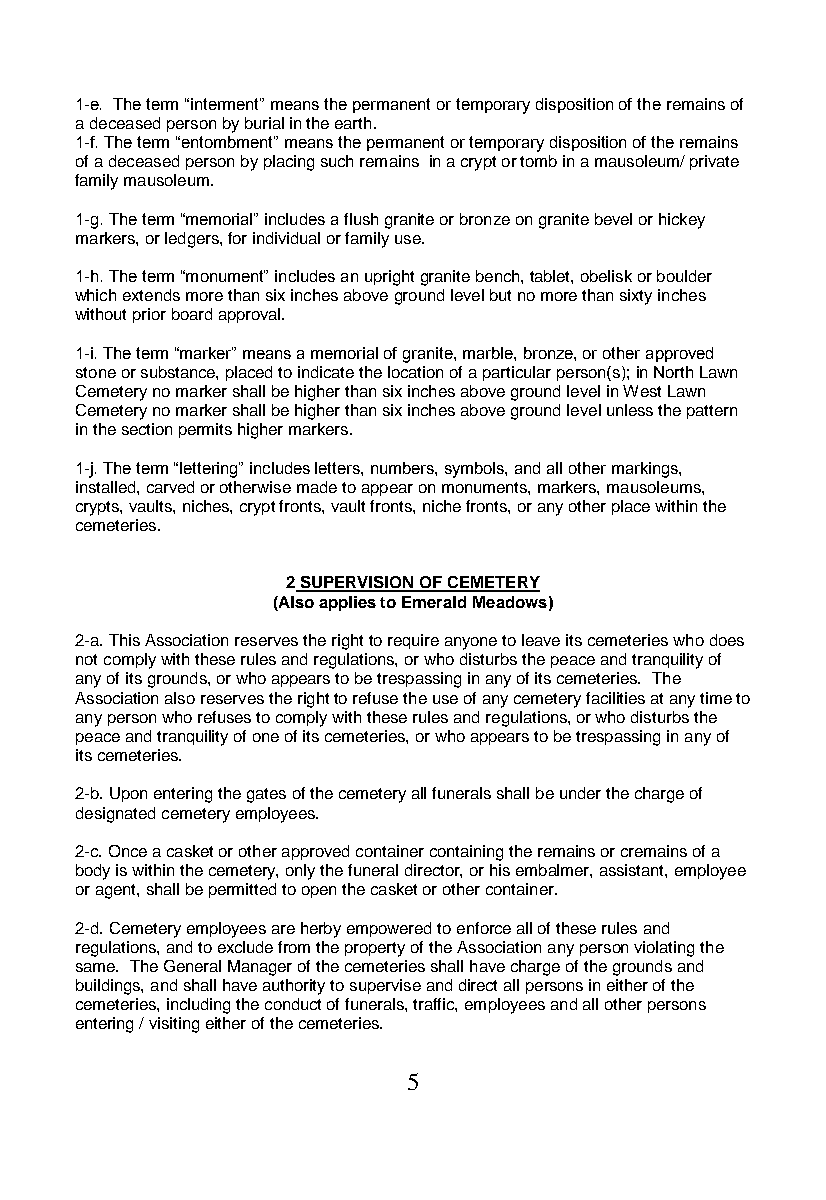
1-e. The term “interment” means the permanent or temporary disposition of the remains of
 a deceased person by burial in the earth.
 1-f. The term “entombment” means the permanent or temporary disposition of the remains
 of a deceased person by placing such remains in a crypt or tomb in a mausoleum/ private
 family mausoleum.
 1-g. The term “memorial” includes a flush granite or bronze on granite bevel or hickey
 markers, or ledgers, for individual or family use.
 1-h. The term “monument” includes an upright granite bench, tablet, obelisk or boulder
 which extends more than six inches above ground level but no more than sixty inches
 without prior board approval.
 1-i. The term “marker” means a memorial of granite, marble, bronze, or other approved
 stone or substance, placed to indicate the location of a particular person(s); in North Lawn
 Cemetery no marker shall be higher than six inches above ground level in West Lawn
 Cemetery no marker shall be higher than six inches above ground level unless the pattern
 in the section permits higher markers.
 1-j. The term “lettering” includes letters, numbers, symbols, and all other markings,
 installed, carved or otherwise made to appear on monuments, markers, mausoleums,
 crypts, vaults, niches, crypt fronts, vault fronts, niche fronts, or any other place within the
 cemeteries.
 2 SUPERVISION OF CEMETERY
 (Also applies to Emerald Meadows)
 2-a. This Association reserves the right to require anyone to leave its cemeteries who does
 not comply with these rules and regulations, or who disturbs the peace and tranquility of
 any of its grounds, or who appears to be trespassing in any of its cemeteries. The
 Association also reserves the right to refuse the use of any cemetery facilities at any time to
 any person who refuses to comply with these rules and regulations, or who disturbs the
 peace and tranquility of one of its cemeteries, or who appears to be trespassing in any of
 its cemeteries.
 2-b. Upon entering the gates of the cemetery all funerals shall be under the charge of
 designated cemetery employees.
 2-c. Once a casket or other approved container containing the remains or cremains of a
 body is within the cemetery, only the funeral director, or his embalmer, assistant, employee
 or agent, shall be permitted to open the casket or other container.
 2-d. Cemetery employees are herby empowered to enforce all of these rules and
 regulations, and to exclude from the property of the Association any person violating the
 same. The General Manager of the cemeteries shall have charge of the grounds and
 buildings, and shall have authority to supervise and direct all persons in either of the
 cemeteries, including the conduct of funerals, traffic, employees and all other persons
 entering / visiting either of the cemeteries.
 5